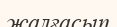
жалғасып